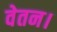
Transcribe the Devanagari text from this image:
वेतन।